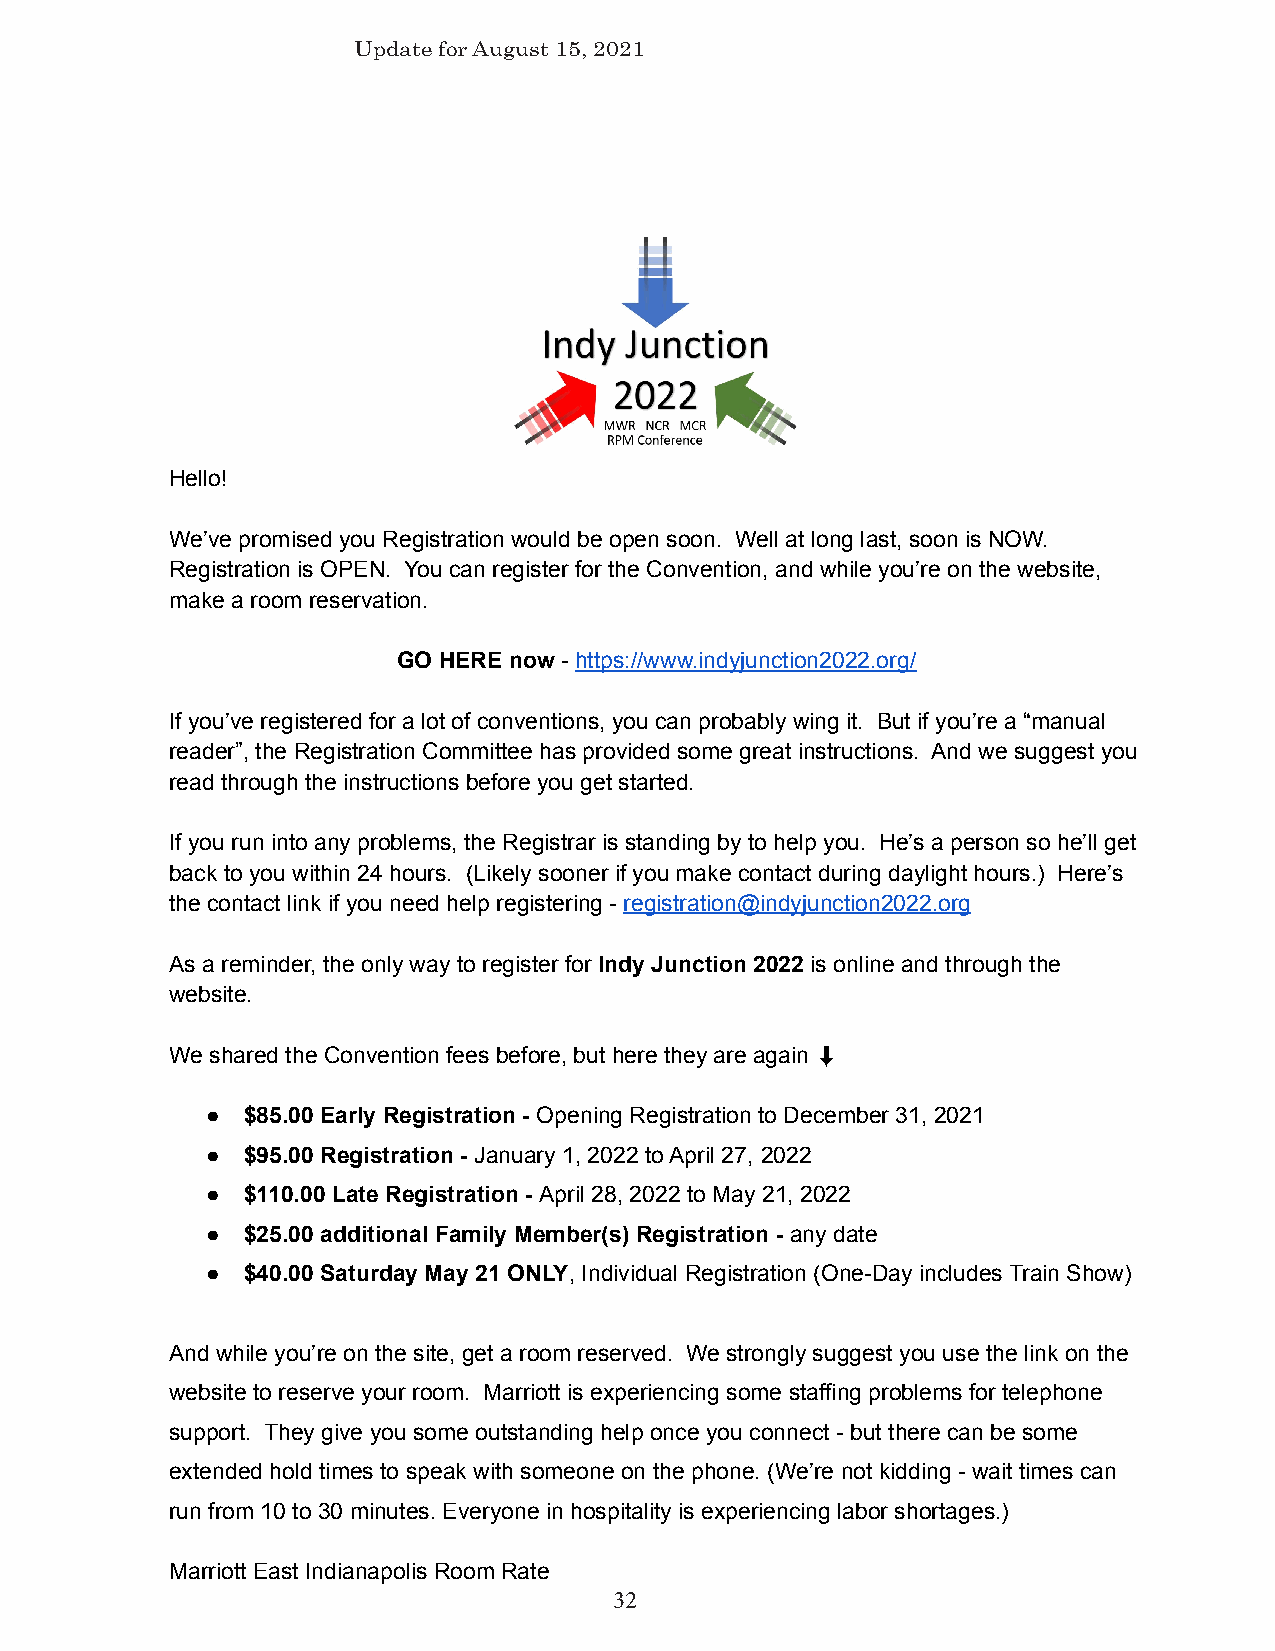
Update for August 15, 2021
 Hello!
 We’ve promised you Registration would be open soon. Well at long last, soon is NOW.
 Registration is OPEN. You can register for the Convention, and while you’re on the website,
 make a room reservation.
 GO HERE now - https://www.indyjunction2022.org/
 If you’ve registered for a lot of conventions, youcan probably wing it. But if you’re a “manual
 reader”, the Registration Committee has provided some great instructions. And we suggest you
 read through the instructions before you get started.
 If you run into any problems, the Registrar is standingby to help you. He’s a person so he’ll get
 back to you within 24 hours. (Likely sooner if youmake contact during daylight hours.) Here’s
 the contact link if you need help registering -registration@indyjunction2022.org
 As a reminder, the only way to register for Indy Junction 2022 is online and through the
 website.
 We shared the Convention fees before, but here theyare again ⬇
 ● $85.00 Early Registration - Opening Registration toDecember 31, 2021
 ● $95.00 Registration - January 1, 2022 to April 27, 2022
 ● $110.00 Late Registration - April 28, 2022 to May 21, 2022
 ● $25.00 additional Family Member(s) Registration - any date
 ● $40.00 Saturday May 21 ONLY, Individual Registration (One-Day includes Train Show)
 And while you’re on the site, get a room reserved. We strongly suggest you use the link on the
 website to reserve your room. Marriott is experiencingsome staffing problems for telephone
 support. They give you some outstanding help once you connect - but there can be some
 extended hold times to speak with someone on the phone. (We’re not kidding - wait times can
 run from 10 to 30 minutes. Everyone in hospitalityis experiencing labor shortages.)
 Marriott East Indianapolis Room Rate
 32